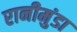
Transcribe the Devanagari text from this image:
रानीमुंडा